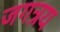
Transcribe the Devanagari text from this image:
जगत्रय